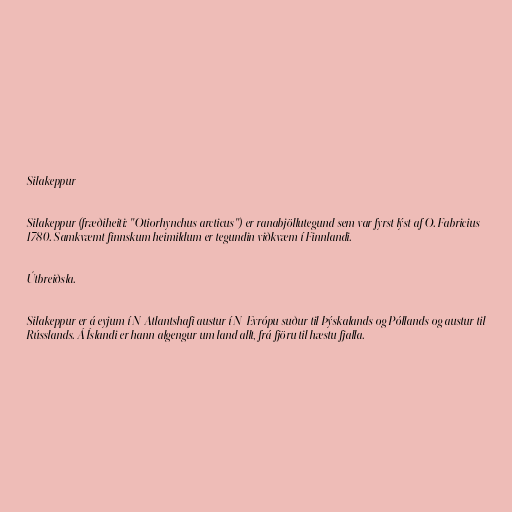
Silakeppur

Silakeppur (fræðiheiti: "Otiorhynchus arcticus") er ranabjöllutegund sem var fyrst lýst af O. Fabricius
1780. Samkvæmt finnskum heimildum er tegundin viðkvæm í Finnlandi.

Útbreiðsla.

Silakeppur er á eyjum í N-Atlantshafi austur í N-Evrópu suður til Þýskalands og Póllands og austur til
Rússlands. Á Íslandi er hann algengur um land allt, frá fjöru til hæstu fjalla.